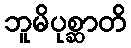
ဘူမိပုစ္ဆာတိ